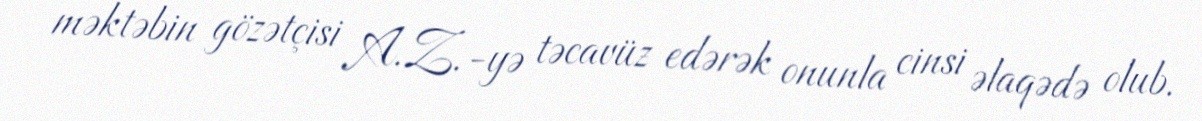
məktəbin gözətçisi A.Z.-yə təcavüz edərək onunla cinsi əlaqədə olub.